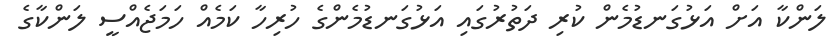
ލަންކާ އަށް އަޅުގަނޑުމެން ކުރި ދަތުރުގައި އަޅުގަނޑުމެންގެ ހުރިހާ ކަމެއް ހަމަޖެއްސީ ލަންކާގެ